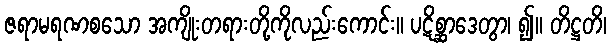
ဇရာမရဏစသော အကျိုးတရားတို့ကိုလည်းကောင်း။ ပဋိစ္ဆာဒေတွာ၊ ၍။ တိဋ္ဌတိ၊